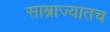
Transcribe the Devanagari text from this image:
साम्राज्यातच